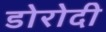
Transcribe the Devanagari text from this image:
डोरोदी